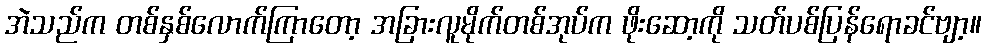
အဲသည်က တစ်နှစ်လောက်ကြာတော့ အခြားလူမိုက်တစ်အုပ်က ဖိုးဆော့ကို သတ်ပစ်ပြန်ရောခင်ဗျာ့။